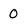
Character: 0